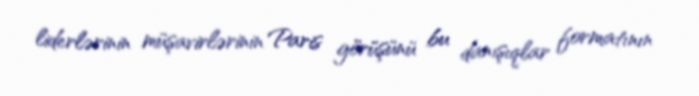
liderlərinin müşavirlərinin Paris görüşünü bu danışıqlar formatının